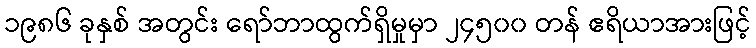
၁၉၈၆ ခုနှစ် အတွင်း ရော်ဘာထွက်ရှိမှုမှာ ၂၄၅၀၀ တန် ဧရိယာအားဖြင့်